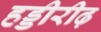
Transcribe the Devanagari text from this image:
हड्डीरीढ़